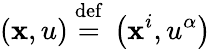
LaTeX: (\mathbf{x},u)\ {\stackrel{\mathrm{{def}}}{=}}\ \left(\mathbf{x}^{i},u^{\alpha}\right)